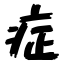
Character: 症